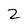
Character: 2